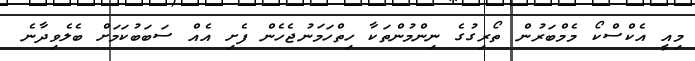
މިއީ އެކްސްކޯ މެމްބަރުން ތޯރިގުގެ ނިންމުންތަކާ ހިތްހަމަނުޖެހެން ފެށި އެއް ސަބަބުކަމަށް ބެލެވިދާނެ